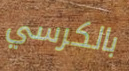
بالكرسي